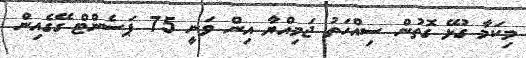
މިކަމާ ގުޅޭ ގޮތުން ސިއްހަތު ޖަމިއްޔާ އިން ވަނީ 75 ޕަސެންޓް ގޭގެއިން